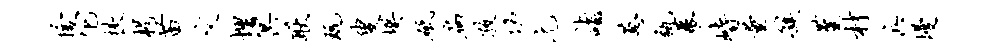
舍它挟枵苗文埋冥耿玩叟揆砥扁孜功元诣葱瓴幕峙量簇堇材兵墁